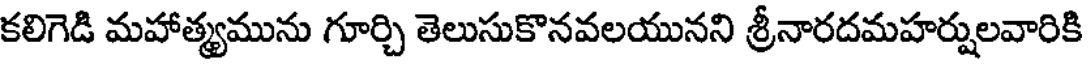
కలిగెడి మహాత్మ్యమును గూర్చి తెలుసుకొనవలయునని శ్రీనారదమహర్షులవారికి